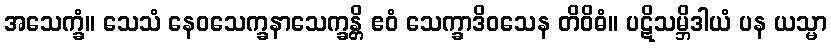
အသေက္ခံ။ သေသံ နေဝသေက္ခနာသေက္ခန္တိ ဧဝံ သေက္ခာဒိဝသေန တိဝိဓံ။ ပဋိသမ္ဘိဒါယံ ပန ယသ္မာ